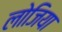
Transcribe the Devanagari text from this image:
लोजिया